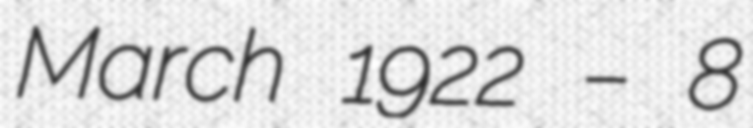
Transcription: March 1922 – 8